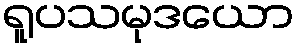
ရူပသမုဒယော